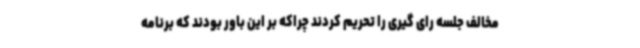
مخالف جلسه رای گیری را تحریم کردند چراکه بر این باور بودند که برنامه